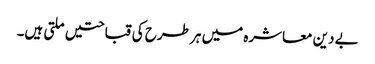
بے دین معاشرہ میں ہر طرح کی قباحتیں ملتی ہیں۔